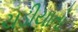
ચડીયાતો